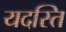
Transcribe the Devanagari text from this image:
यदस्ति